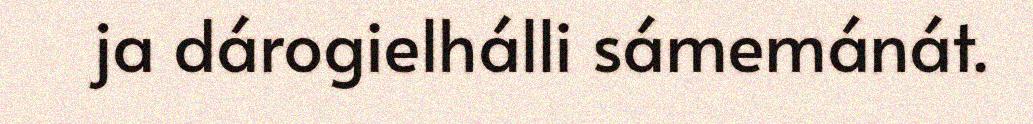
ja dárogielhálli sámemánát.